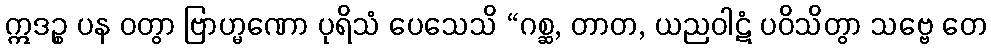
ဣဒဉ္စ ပန ဝတွာ ဗြာဟ္မဏော ပုရိသံ ပေသေသိ “ဂစ္ဆ, တာတ, ယညဝါဋံ ပဝိသိတွာ သဗ္ဗေ တေ